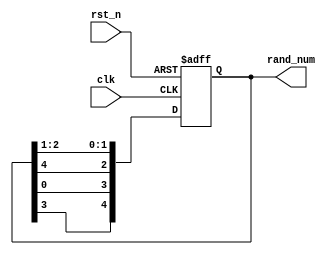
module random_5bit(
    input clk,
    input rst_n,
    output reg[4:0] rand_num
    );
	 
//reg [3:0] rand_buff = 4'd0;
//-----------------------------------------------------------------------------------
initial begin
	rand_num = 5'b01000;
end
//-----------------------------------------------------------------------------------
always@(posedge clk or negedge rst_n)
   if(!rst_n)  begin
			rand_num <= 5'b01000;
//			rand_buff <= 4'd0;
	end
   else begin       //0.1s
//				rand_buff <= rand_num % 9 + 2;       
//				rand_num <= rand_num << rand_buff;
            rand_num[0] <= rand_num[1];
            rand_num[1] <= rand_num[2];
            rand_num[2] <= rand_num[4];
            rand_num[3] <= rand_num[0];
            rand_num[4] <= rand_num[3];
   end
endmodule